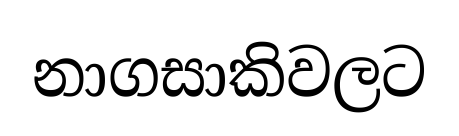
නාගසාකිවලට